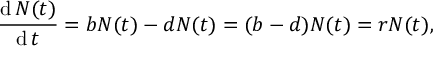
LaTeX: { \frac { \operatorname { d } N ( t ) } { \operatorname { d } t } } = b N ( t ) - d N ( t ) = ( b - d ) N ( t ) = r N ( t ) ,